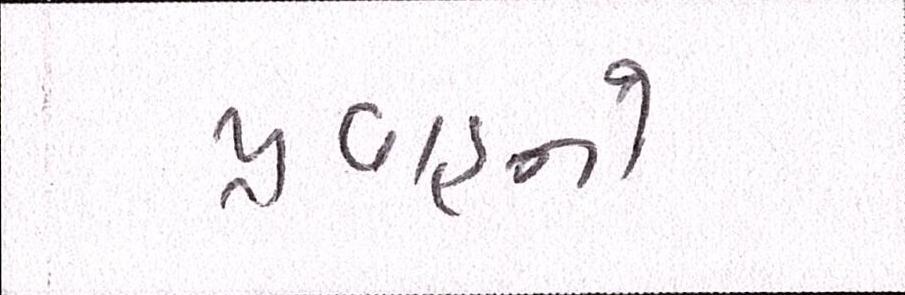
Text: પ્રવાહનો